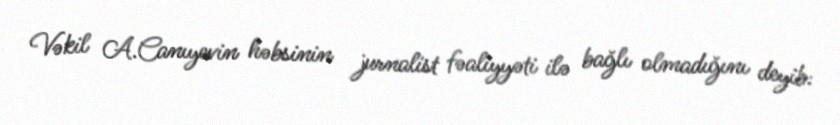
Vəkil A.Canıyevin həbsinin jurnalist fəaliyyəti ilə bağlı olmadığını deyib: